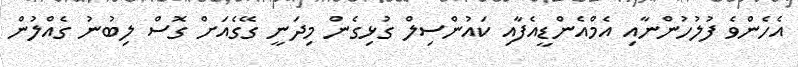
އެހެންވެ ފުލުހުންނާއި އެމްއެންޑީއެފާއި ކައުންސިލް ގުޅިގެން މިދަނީ ގޭގެއަށް ގޮސް ލިބުނު ގެއްލުން